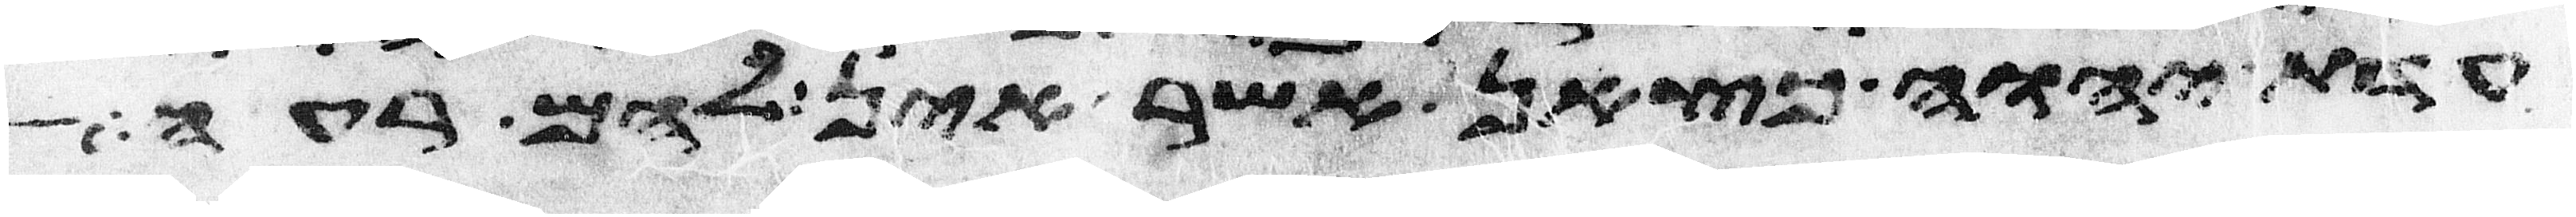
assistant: עדת יהוה כצאן אשר אין להם רעה